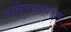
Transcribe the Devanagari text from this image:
आलेक्सान्डर